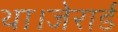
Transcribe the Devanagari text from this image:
था।जेरार्ड